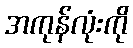
အကုန်လုံးကို